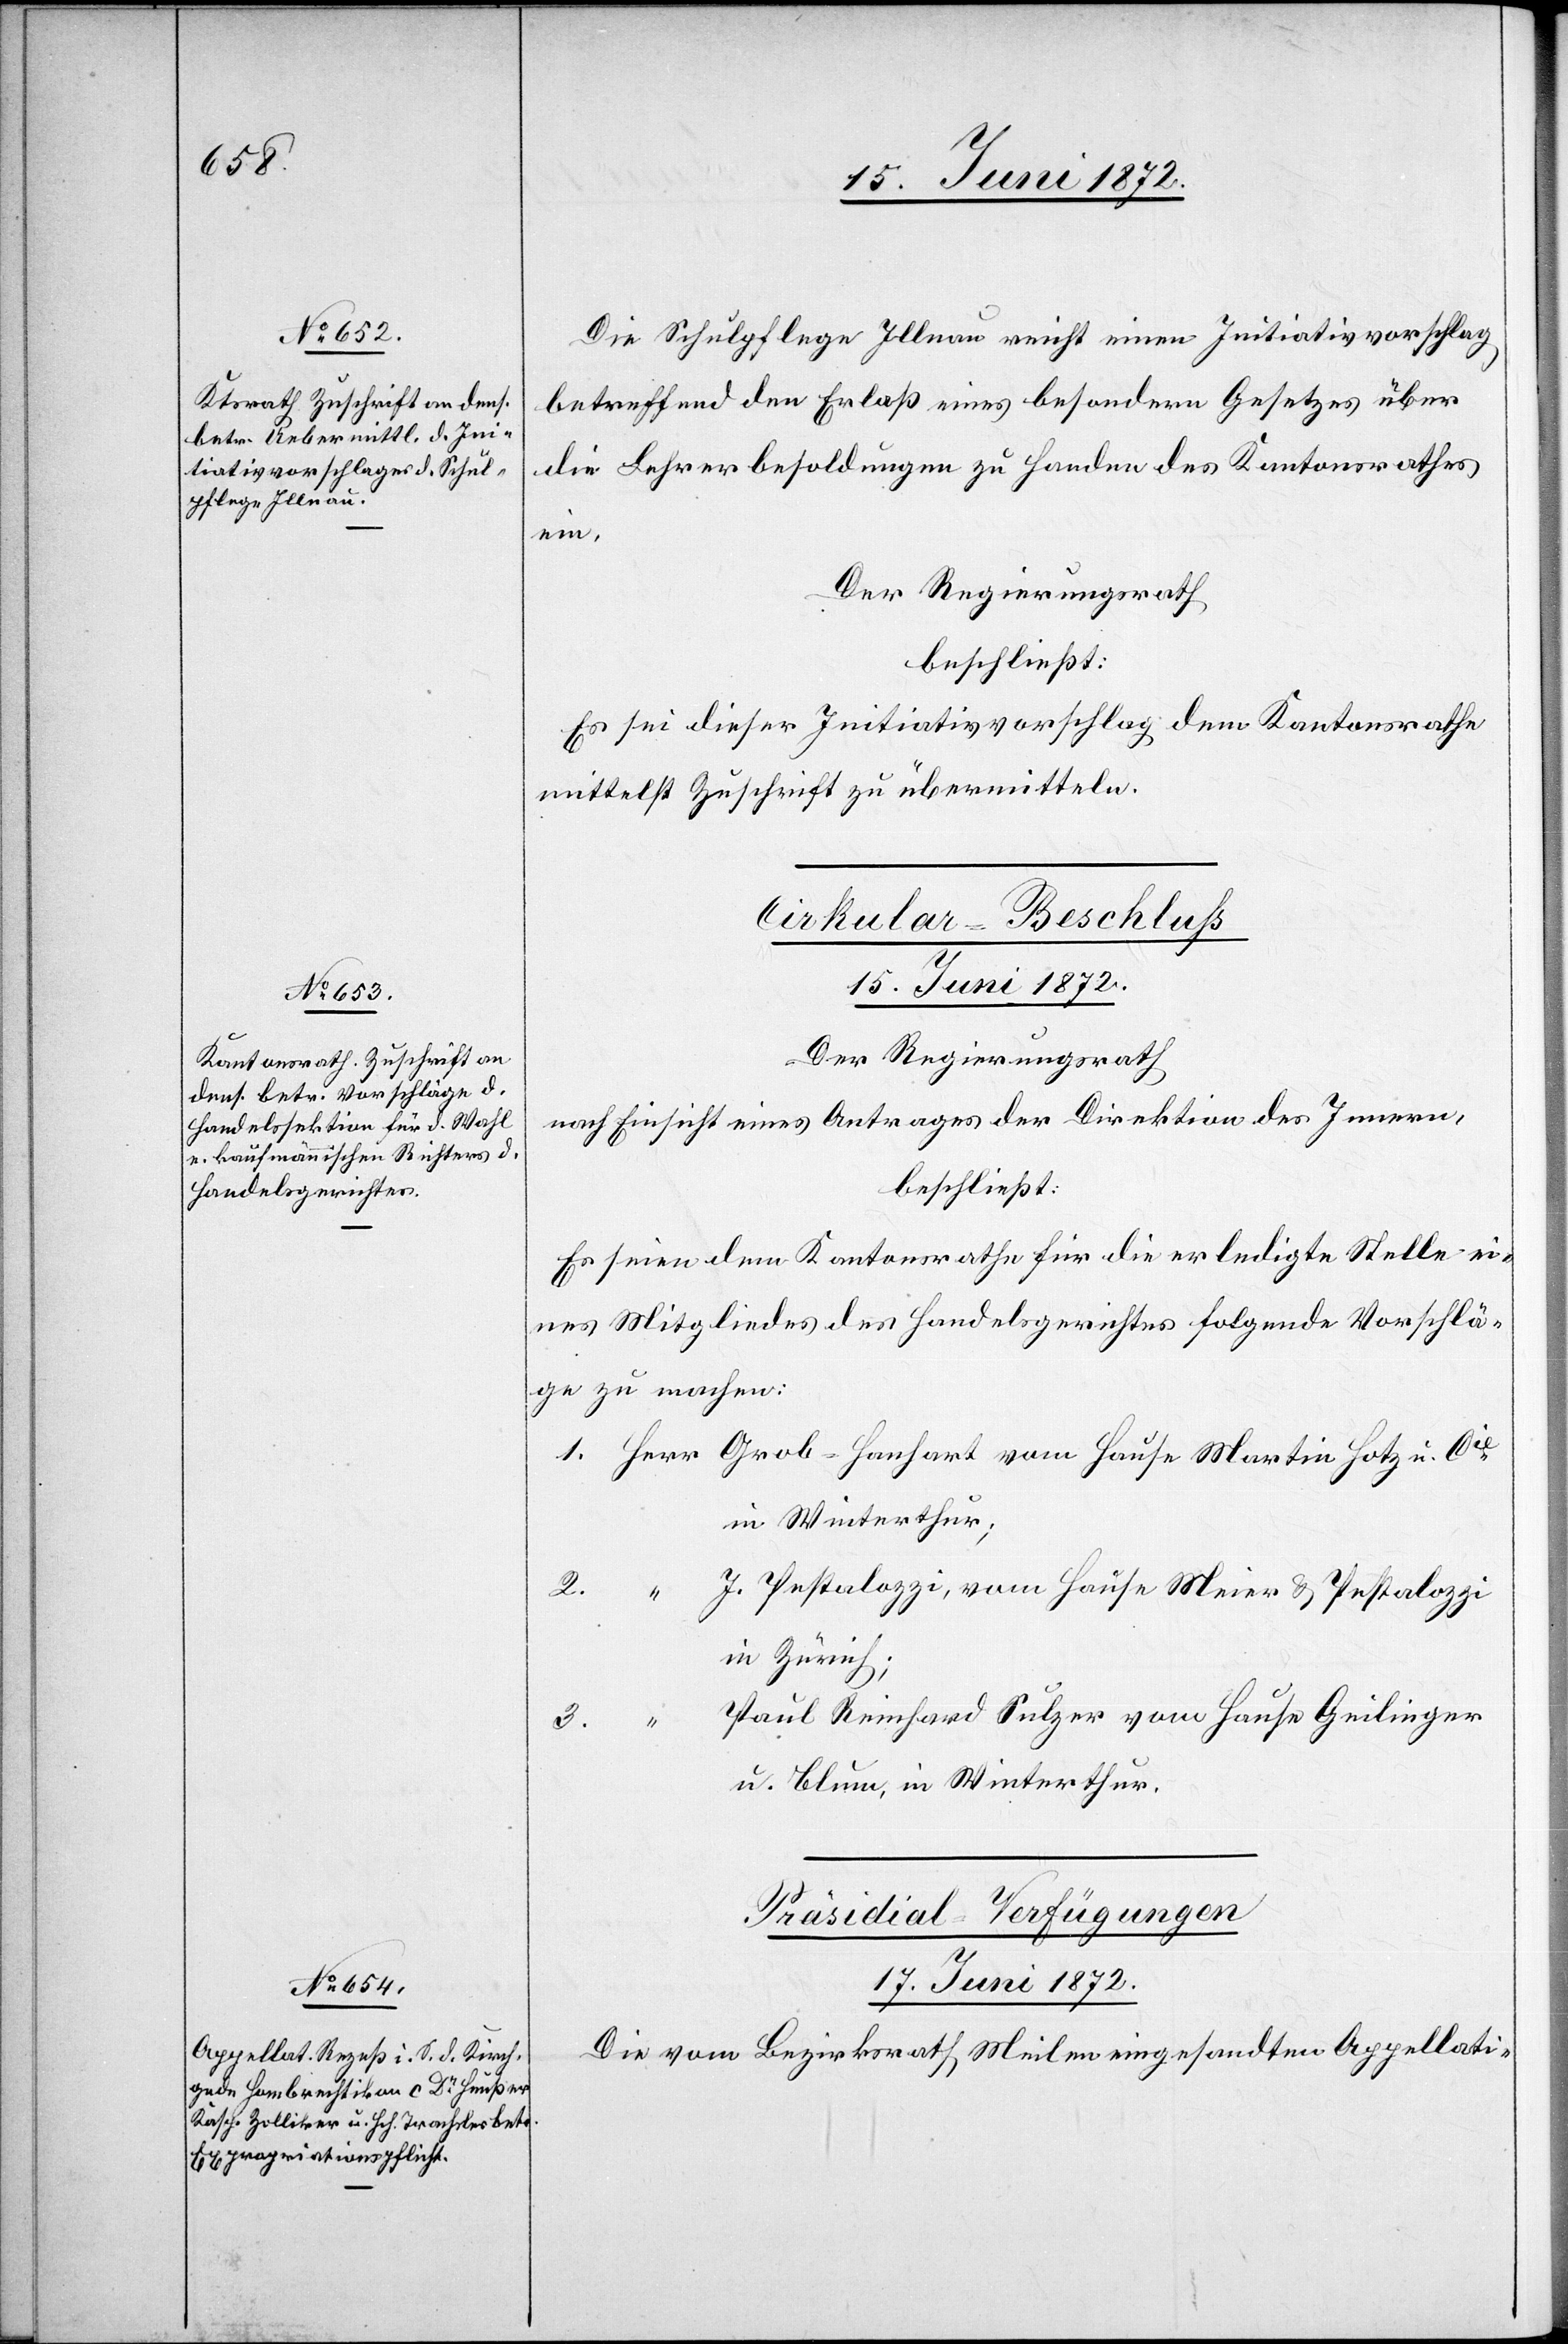
Die Schulpflege Illnau reicht einen Initiativvorschlag
betreffend den Erlaß eines besondern Gesetzes über
die Lehrerbesoldungen zu Handen des Kantonsrathes
ein.
Der Regierungsrath
beschließt:
Es sei dieser Initiativvorschlag dem Kantonsrathe
mittelst Zuschrift zu übermitteln.
Cirkular-Beschluß
15. Juni 1872.
Der Regierungsrath
nach Einsicht eines Antrages der Direktion des Innern,
beschließt:
Es seien dem Kantonsrathe für die erledigte Stelle ei¬
nes Mitgliedes des Handelsgerichtes folgende Vorschlä¬
ge zu machen:
in Winterthur;
J. Pestalozzi, vom Hause Meier u. Pestalozzi
in Zürich;
Paul Reinhard Sulzer vom Hause Geilinger
3.
u. Blum, in Winterthur.
Präsidial-Verfügungen
17. Juni 1872.
Die vom Bezirksrath Meilen eingesandten Appellati-